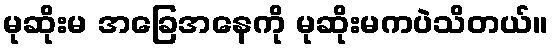
မုဆိုးမ အခြေအနေကို မုဆိုးမကပဲသိတယ်။